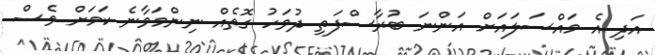
އަދި އެ މައްސަލައަށް އަންނަ ބުރާސްފަތި ދުވަހު ގޮތެއް ނިންމަވާނެ ކަމަށް ވެސް